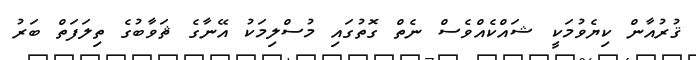
ޤުރުއާން ކިޔެވުމަކީ ޝައްކެއްވެސް ނެތް ގޮތުގައި މުސްލިމަކު އޭނާގެ ޘަވާބުގެ ތިލަފަތް ބަރު